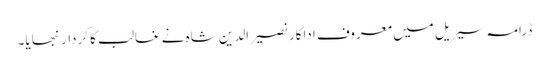
ڈرامہ سیریل میں معروف اداکار نصیرالدین شاہ نے غالب کا کردار نبھایا۔